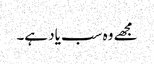
مجھے وہ سب یاد ہے۔